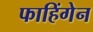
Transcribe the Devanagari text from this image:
फाहिंगेन